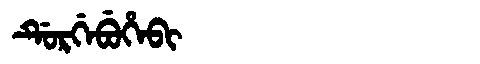
Manchu: ᡩᡠᡵᡤᡝᠪᡠᡥᡝᠪᡳ
Romanization: DURGEBUHEBI